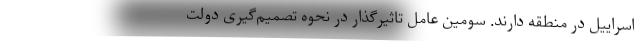
اسراییل در منطقه دارند. سومین عامل تاثیرگذار در نحوه تصمیم‌گیری دولت